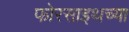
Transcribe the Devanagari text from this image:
फोरसाइथच्या